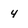
Character: 4